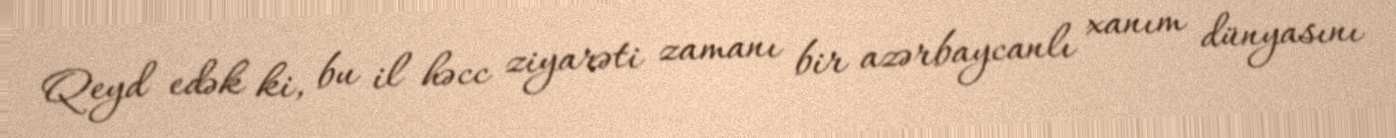
Qeyd edək ki, bu il həcc ziyarəti zamanı bir azərbaycanlı xanım dünyasını